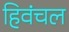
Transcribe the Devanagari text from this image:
हिवंचल